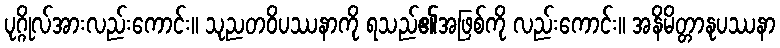
ပုဂ္ဂိုလ်အားလည်းကောင်း။ သုညတဝိပဿနာကို ရသည်၏အဖြစ်ကို လည်းကောင်း။ အနိမိတ္တာနုပဿနာ